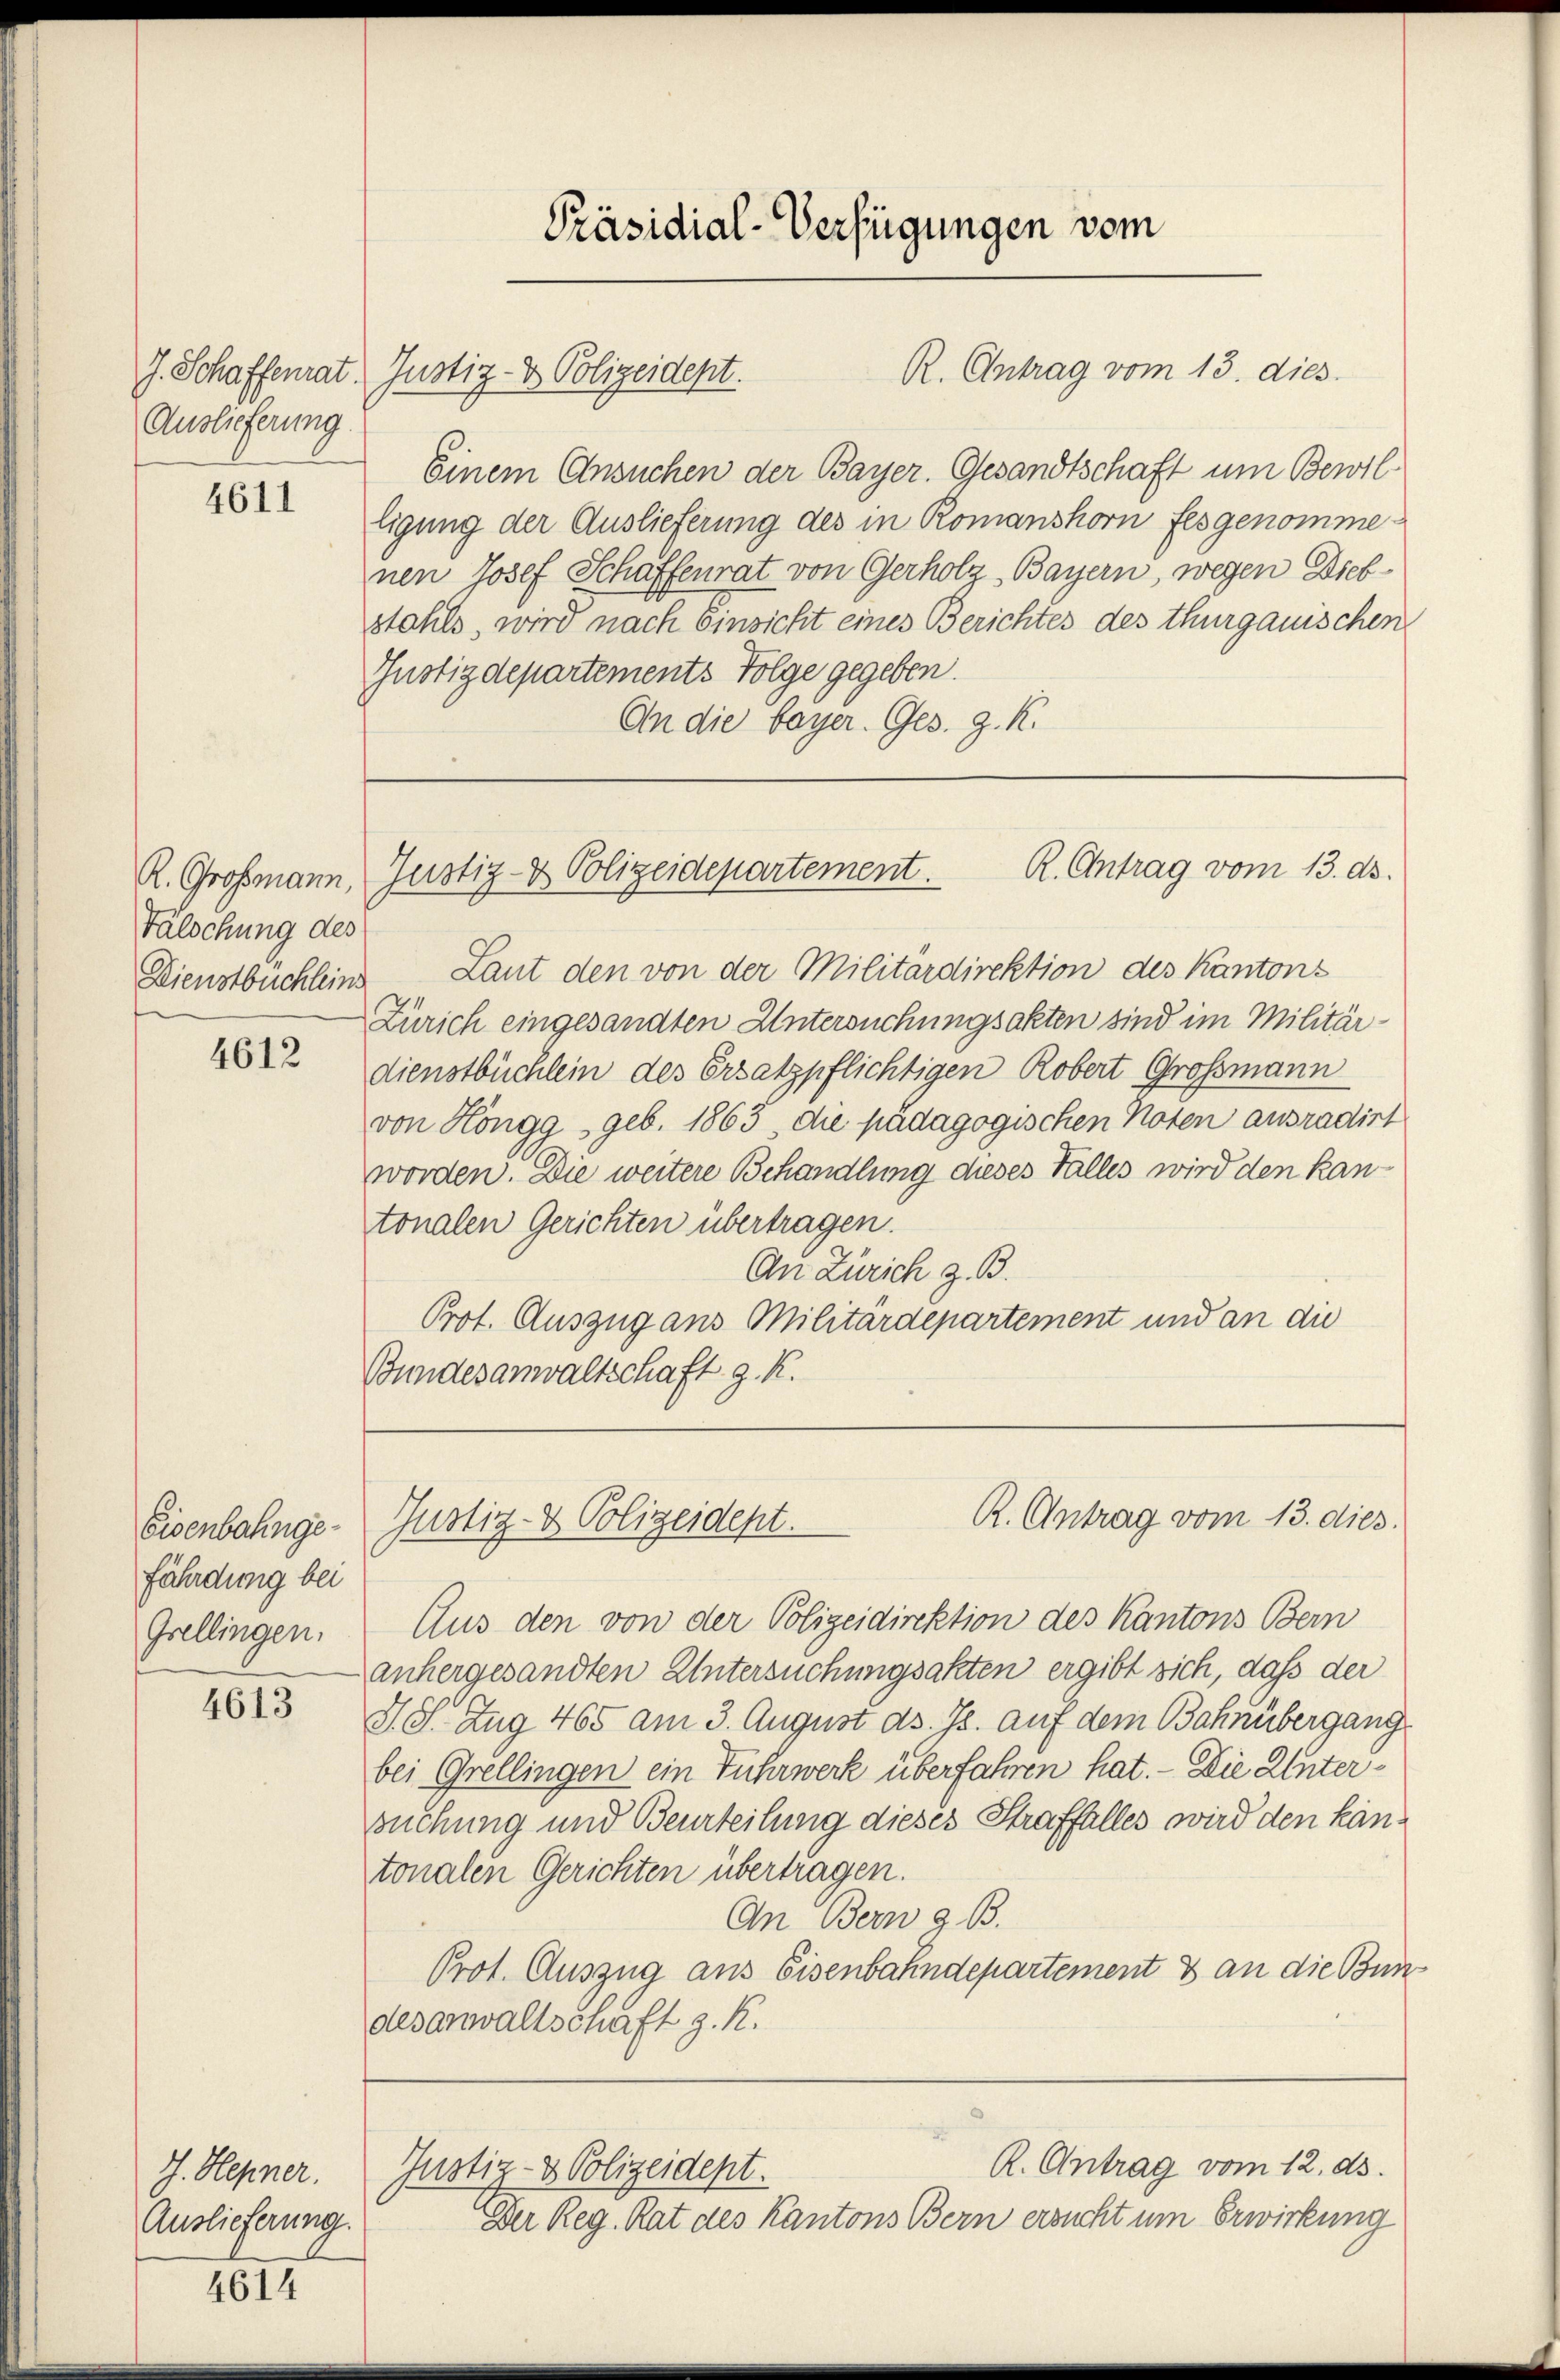
Auslieferung

4611

R. Grossmann,
Falochung des
Dienstbüchleins

4612

Eisenbahngefährdung bei
Grellingen.

4613

J. Hepner.
Auslieferung.

4614

Einem Ansuchen der Bayer. Gesandtschaft um Bewil
ligung der Auslieferung des in Romanshorn fesgenomme
nen Josef Schaffenrat von Gerholz, Bayern, wegen Diebstahls, wird nach Einsicht eines Berichtes des thurgauischen
Tustizdepartements Folge gegeben.
An die bayer. Ges. g. K.

J. Schaffenrat. Justiz- & Polizeident.

Präsidial-Verfügungen vom

R. Antrag vom 13. dies

R. Antrag vom 13. ds.
Justiz- & Polizeidepartement.

Laut den von der Militärdirektion des Kantons
Zürich eingesandten Untersuchungsakten sind im Militärdienstbüchlein des Ersatzpflichtigen Robert Großmann
von Höngg, geb. 1863 die pädagogischen Noten ausradirt
worden. Die weitere Behandlung dieses Falles wird den kan-
tonalen Gerichten übertragen.
An Zürich z. B.
Prot. Auszug aus Militärdepartement und an die
Bundesanwaltschaft g. K.

R. Antrag vom 13. dies
Gustiz- & Polizeidept.

Aus den von der Polizeidirektion des Kantons Bern
anhergesandten Untersuchungsakten ergibt sich, dass der
d. S. Zug 465 am 3. August ds. Js. auf dem Bahnübergang
bei Grellingen ein Fuhrwerk überfahren hat. - Die Untersuchung und Beurteilung dieses Straffalles wird den kantonalen Gerichten übertragen.
An Bern z. B.
Prot. Auszug aus Eisenbahndepartement & an die Bundesanwaltschaft z. R.

R. Antrag vom 12. ds.
Justiz- & Polizeidept.

Der Reg. Rat des Kantons Bern ersucht um Erwirkung